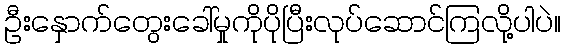
ဦးနှောက်တွေးခေါ်မှုကိုပိုပြီးလုပ်ဆောင်ကြလို့ပါပဲ။